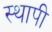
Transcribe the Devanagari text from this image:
स्थापी